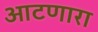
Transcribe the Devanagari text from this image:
आटणारा